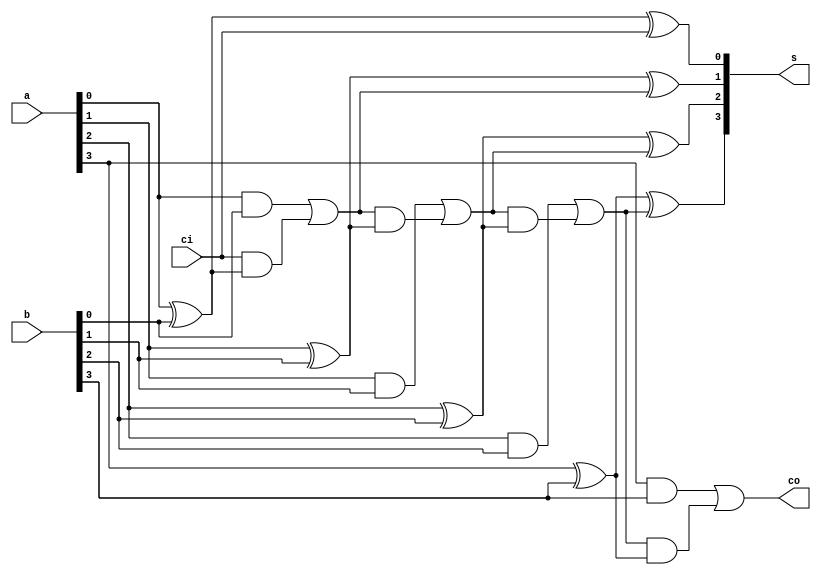
`timescale 1ns / 1ps
//////////////////////////////////////////////////////////////////////////////////
// Company: 
// Engineer: 
// 
// Design Name: 
// Module Name: adder4
// Project Name: 
// Target Devices: 
// Tool Versions: 
// Description: 
// 
// Dependencies: 
// 
// Revision:
// Revision 0.01 - File Created
// Additional Comments:
// 
//////////////////////////////////////////////////////////////////////////////////


module adder4(
input [3:0]a,
input [3:0]b,
input ci,
output [3:0]s,
output co
    );
    wire c1,c2,c3; 
    
    assign c1 = (a[0]&b[0])|(ci&(a[0]^b[0]));
    assign c2 = (a[1]&b[1])|(c1&(a[1]^b[1]));
    assign c3 = (a[2]&b[2])|(c2&(a[2]^b[2]));
    assign co = (a[3]&b[3])|(c3&(a[3]^b[3]));
   
    assign s[0] = a[0]^b[0]^ci;
    assign s[1] = a[1]^b[1]^c1;
    assign s[2] = a[2]^b[2]^c2;
    assign s[3] = a[3]^b[3]^c3;   
  
endmodule